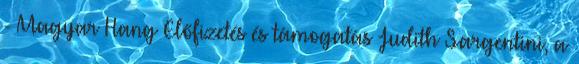
- Magyar Hang Előfizetés és támogatás Judith Sargentini, a